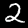
Label: 2